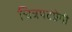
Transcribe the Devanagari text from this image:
चित्रपटप्रेमी